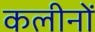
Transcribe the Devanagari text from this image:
कलीनों